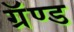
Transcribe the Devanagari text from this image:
ग्रॅण्ड